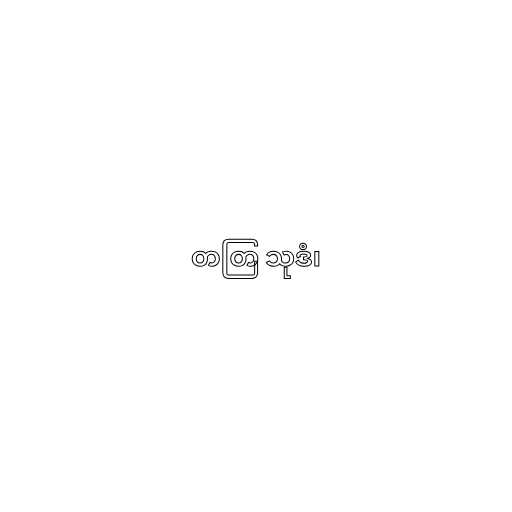
တတြ သုဒံ၊